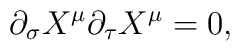
\partial_\sigma X^\mu\partial_\tau X^\mu = 0,